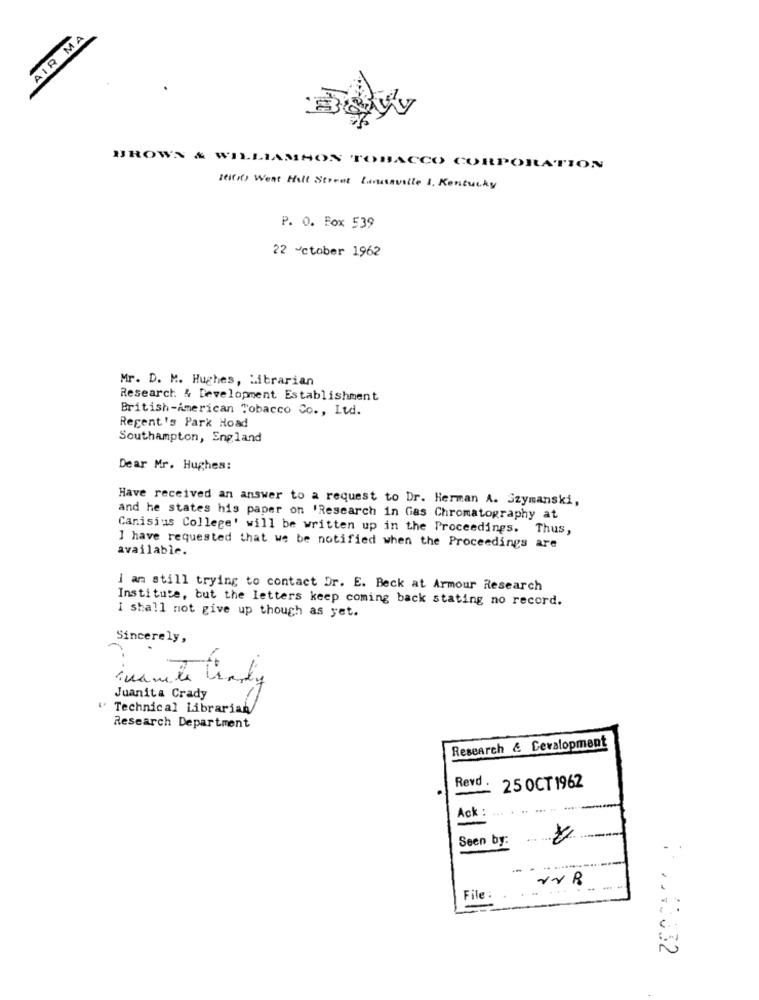
AIR MA
UROWN & WILLIAMHON TOBACCO CORPORATION
Hei(x) Went Hill Street Lousaville , Kentucky
P. O. Box 539
22 october 1962
Mr. D. M. Hughes, Librarian
Research & Development Establishment
British-American Tobacco Co ., Ltd.
Regent's Park Hoad
Southampton, England
Dear Mr. Hughes:
Have received an answer to a request to Dr. Herman A. Szymanski,
and he states his paper on 'Research in Gas Chromatography at
Canisius College' will be written up in the Proceedings. Thus,
available.
I have requested that we be notified when the Proceedings are
i am still trying to contact Dr. E. Beck at Armour Research
Institute, but the letters keep coming back stating no record.
I shall not give up though as yet.
Sincerely,
Juanita Crady
Technical Librarian
Research Department
Research & Cevalopment
Revd
25 OCT 1962
Ack :
... . .. ... ..
Seen by:
File :
..: 3032